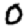
Digit: 0